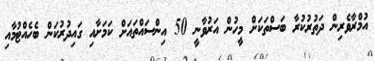
އުމްރާވެރިން ދަތުރުކުރާ ބަސްތަކަށް މީހުން އަރުވާނީ 50 އިންސައްތައަށް ކަމަށާއި ގައިދުރުކަން ބެހެއްޓުމާއި